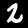
Label: 2